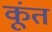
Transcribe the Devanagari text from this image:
कूंत